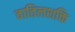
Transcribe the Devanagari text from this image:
वातिलशक्ति